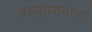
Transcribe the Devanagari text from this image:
अभ्युपगमाला